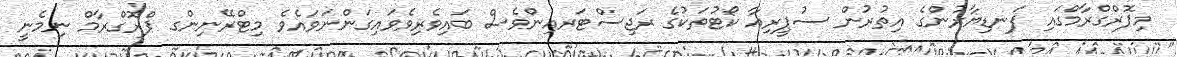
މިޕޮރްގްރާމްގައި ފަނޑިޔާރުންގެ އިތުރުން ސުޕީރިއާ ކޯޓުތަކުގެ ރަޖިސްޓަރއިންވެސް ބައިވެރިވެވައިގަންނަވައެވެ މިޓްރޭނިންގ ޕްރޮގްރާމް ނިމެނީ